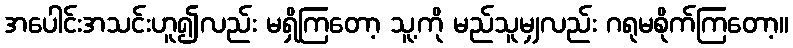
အပေါင်းအသင်းဟူ၍လည်း မရှိကြတော့ သူ့ကို မည်သူမျှလည်း ဂရုမစိုက်ကြတော့။